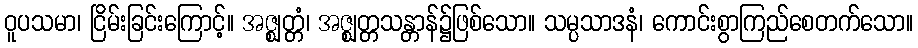
ဝူပသမာ၊ ငြိမ်းခြင်းကြောင့်။ အဇ္ဈတ္တံ၊ အဇ္ဈတ္တသန္တာန်၌ဖြစ်သော။ သမ္ပသာဒနံ၊ ကောင်းစွာကြည်စေတက်သော။